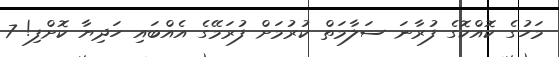
މަހުގެ ކޮއްކޮގެ ފުރާނަ ސަލާމަތް ކުރުމަށް ފުރަމޭގެ އެއްބައި ހަދިޔާ ކޮށްފި! 7